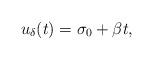
LaTeX: \begin{align*}u_\delta(t)=\sigma_{0}+\beta t,\end{align*}